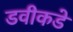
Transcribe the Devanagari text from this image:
डवीकडे